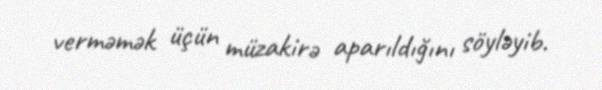
verməmək üçün müzakirə aparıldığını söyləyib.